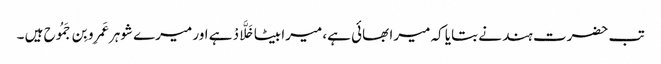
تب حضرت ہند نے بتایا کہ میرا بھائی ہے، میرا بیٹا خَلَّادْ ہے اور میرے شوہر عَمرِو بِن جَمُوح ہیں ۔